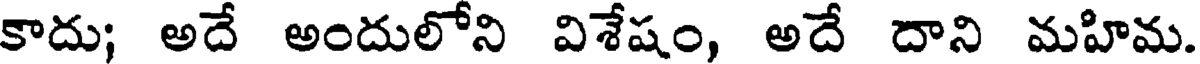
కాదు; అదే అందులోని విశేషం, అదే దాని మహిమ.